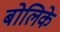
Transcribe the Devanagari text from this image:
बोलिके